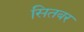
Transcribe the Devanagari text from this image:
सितबर